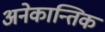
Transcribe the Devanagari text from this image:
अनेकान्तिक